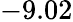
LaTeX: -9.02